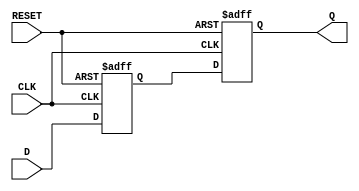
module ms_flip_flop_synchronizer (
    input wire D,          // Asynchronous input signal
    input wire CLK,        // Primary clock signal
    input wire RESET,      // Asynchronous reset signal
    output reg Q          // Synchronized output signal
);

    reg Q_M;              // Output of the master flip-flop

    // Master Flip-Flop
    always @(posedge CLK or posedge RESET) begin
        if (RESET) begin
            Q_M <= 1'b0;  // Reset master flip-flop
        end else begin
            Q_M <= D;     // Capture input D on rising edge of CLK
        end
    end

    // Slave Flip-Flop
    always @(posedge CLK or posedge RESET) begin
        if (RESET) begin
            Q <= 1'b0;    // Reset slave flip-flop
        end else begin
            Q <= Q_M;     // Capture output of master flip-flop on rising edge of CLK
        end
    end

endmodule